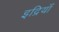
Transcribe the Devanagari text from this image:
इद्रियाँ